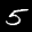
Label: 5